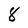
Character: 8